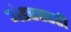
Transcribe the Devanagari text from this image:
अंडरस्टडी